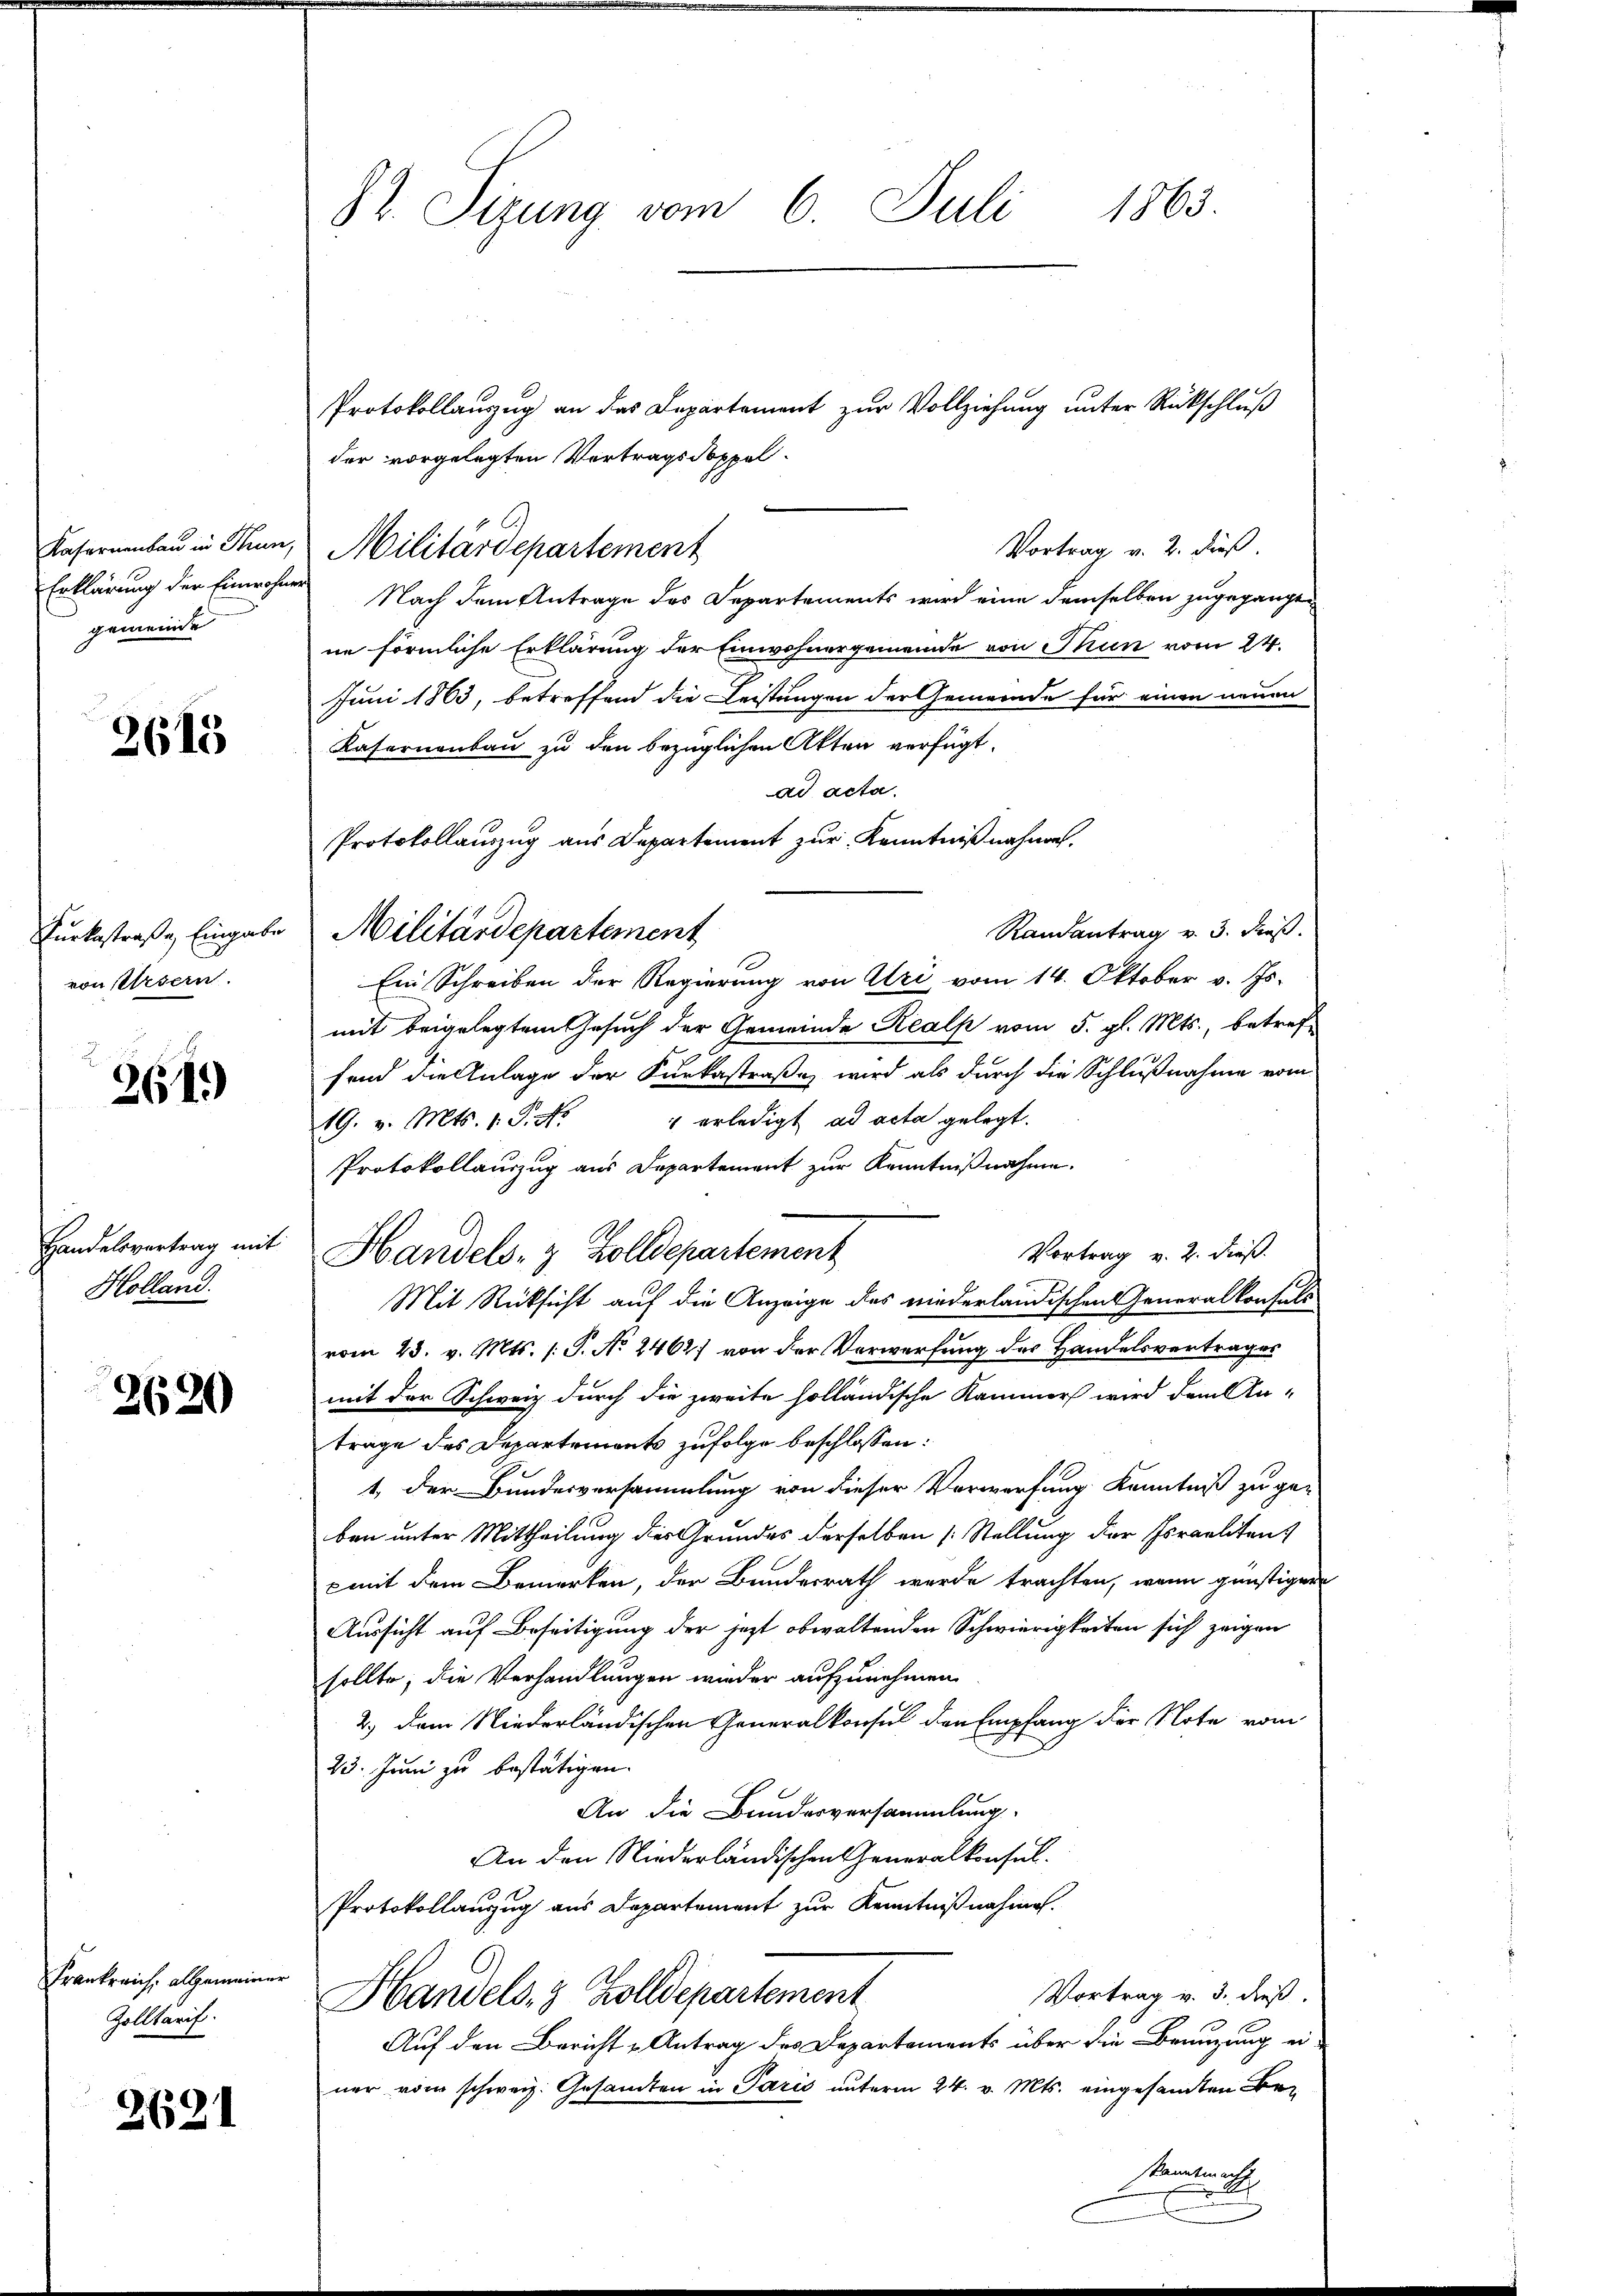
gemeinde

2615

Furkastraße Eingabe
von Ursern.

261)

Holland.

2690

Frankreich, allgemeiner
Zolltarif

2621

82. Sizung vom 6. Juli 1863.

Protokollauszug an das Departement zur Vollziehung unter Rückschluß
der vorgelegten Vertragsdoppel¬
Vortrag v. 2. dieß.
Kasernenbau in Thun, Militärdepartement
Erklärung der Einwohnes Nach dem Antrage des Departements wird eine demselben zugegangen
ne förmliche Erklärung der Einwohnergemeinde von Thun vom 24.
Juni 1863, betreffend die Leistungen der Gemeinde für einen neuen
Kasernenbau zu den bezüglichen Akten verfügt:
ad acta.
Protokollauszug aus Departement zur Kenntniß nahme,
Randantrag v. 3. Fuß.
 Militärdepartement
Ein Schreiben der Regierung von Uri vom 14. Oktober v. Js.
mit beigelegtem Gesuch der Gemeinde Realp vom 5. gl. Mts., betref-
fend die Anlage der Kurkastraße wird als durch die Schlußnahme vom
19. v. Mts. 1 S. Nr. 4 erledigt ad acta gelegt.
Protokollauszug aus Departement zur Kenntnißnahme.
Vortrag v. 2. dieß.
Mit Rücksicht auf die Anzeige des niederländischen Generalkonfels
vom 23. v. Mts. /: P. No 2462 von der Verwerfung des Handelsvertrages
mit der Schweiz durch die zweite holländische Kammers wird dem An-
trage des Departement zufolge beschlossen:
1, der Bundesversammlung von dieser Verwerfung Kenntniß zu ge-
ben unter Mittheilung des Grundes derselben (Stellung der Israelitent
cmit dem Bemerken, der Bundesrath werde trachten, wenn günstigen
Aussicht auf Beseitigung der jetzt obwaltenden Schwierigkeiten sich zeigen
sollte, die Verhandlungen wieder aufzunehmen.
2.) Dem Niederländischen Generalkonsul den Empfang der Note vom
23. Juni zu bestätigen.
An die Bundesversammlung
An den Niederländischen Generalkonsul-
Protokollanzug aus Departement zur Kenntnißnahmen.
Vortrag v. 3. dieß.
Handels, 3 Zolldepartement
Auf den Bericht u Antrag des Departements über die Benuzung ei-
ner vom schweiz. Gesamten in Paris unterm 24. v. Mts. eingesamten Bekanntma
.

Handelsvertrag mit Handels- & Zolldepartement